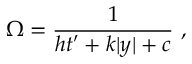
\Omega = { \frac { 1 } { \displaystyle { h t ^ { \prime } + k | y | + c } } } ~ , ~ \,